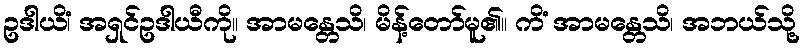
ဥဒါယိံ၊ အရှင်ဥဒါယီကို။ အာမန္တေသိ၊ မိန့်တော်မူ၏။ ကိံ အာမန္တေသိ၊ အဘယ်သို့